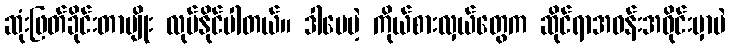
ဆုံးဖြတ်ခိုင်းတာမျိုး လုပ်နိုင်ပါတယ်။ ဒါပေမဲ့ ကိုယ်စားလှယ်တွေက ဆိုင်ရာအဝန်းအဝိုင်းမှာပဲ